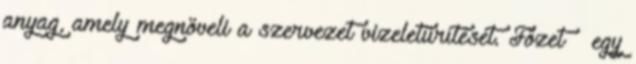
anyag, amely megnöveli a szervezet vizeletürítését. Főzet  egy